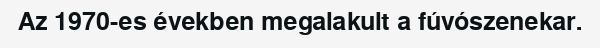
Az 1970-es években megalakult a fúvószenekar.